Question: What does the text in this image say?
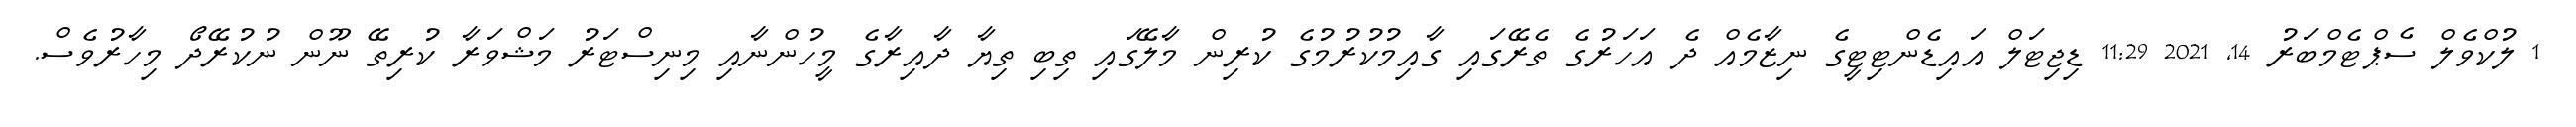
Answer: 1 ލުކްވެލް ސެޕްޓެމްބަރު 14, 2021 11:29 ޑިޖިޓަލް އައިޑެންޓިޓީގެ ނިޒާމެއް ދެ އަހަރުގެ ތެރޭގައި ގާއިމުކުރުމުގެ ކުރިން މާލޭގައި ތިބި ތިޔާ ދާއިރާގެ މީހުންނާއި މިނިސްޓަރު މަޝްވަރާ ކުރިތޭ ނޫން ނުކުރޭދޯ މިހާރުވެސް.